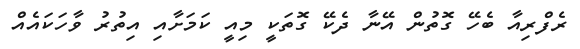
ރެފްރިއާ ބެހޭ ގޮތުން އޭނާ ދެކޭ ގޮތަކީ މިއީ ކަމަށާއި އިތުރު ވާހަކައެއް